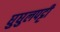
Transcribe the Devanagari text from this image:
घुघुलपट्टी